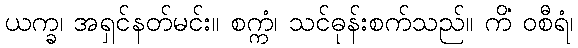
ယက္ခ၊ အရှင်နတ်မင်း။ စက္ကံ၊ သင်ဓုန်းစက်သည်။ ကိံ ဝစီရံ၊